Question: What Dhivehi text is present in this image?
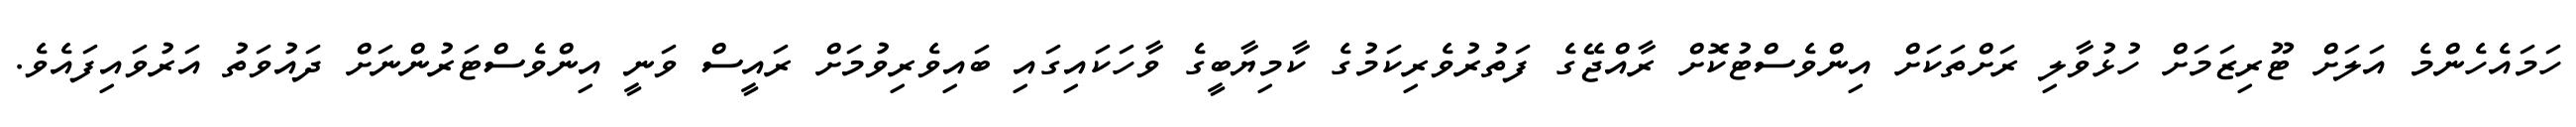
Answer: ހަމައެހެންމެ އަލަށް ޓޫރިޒަމަށް ހުޅުވާލި ރަށްތަކަށް އިންވެސްޓުކޮށް ރާއްޖޭގެ ފަތުރުވެރިކަމުގެ ކާމިޔާބީގެ ވާހަކައިގައި ބައިވެރިވުމަށް ރައީސް ވަނީ އިންވެސްޓަރުންނަށް ދައުވަތު އަރުވައިފައެވެ.